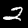
Label: 2